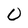
Character: 0